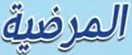
المرضیة